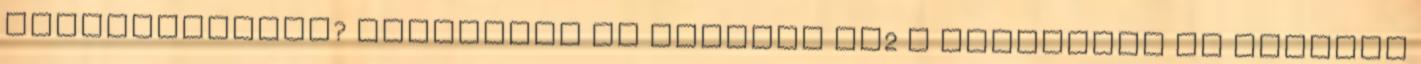
depresszióval? Beszámoló az EASYWAY EG2 „ Beszámoló az EASYWAY